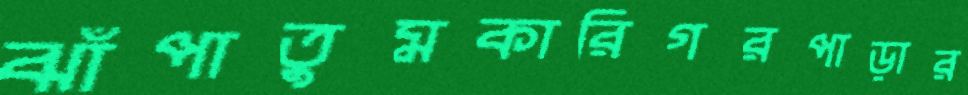
ঝাঁপাতুমকারিগরপাড়ার